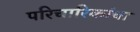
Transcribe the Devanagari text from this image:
परिचारिकांचा